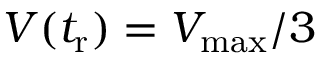
V ( t _ { \mathrm { r } } ) = V _ { \mathrm { m a x } } / 3